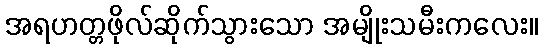
အရဟတ္တဖိုလ်ဆိုက်သွားသော အမျိုးသမီးကလေး။